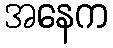
အနေက